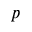
p